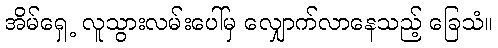
အိမ်ရှေ့ လူသွားလမ်းပေါ်မှ လျှောက်လာနေသည့် ခြေသံ။